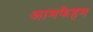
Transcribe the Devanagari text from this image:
आमफेहम